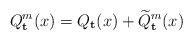
LaTeX: \begin{align*} Q_{\mathbf{t}}^m(x) = Q_{\mathbf{t}}(x) + \widetilde{Q}_{\mathbf{t}}^m(x)\end{align*}